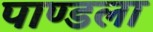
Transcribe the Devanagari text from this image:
पाण्डला